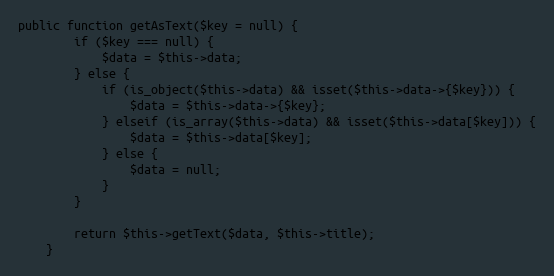
Language: PHP
public function getAsText($key = null) {
		if ($key === null) {
			$data = $this->data;
		} else {
			if (is_object($this->data) && isset($this->data->{$key})) {
				$data = $this->data->{$key};
			} elseif (is_array($this->data) && isset($this->data[$key])) {
				$data = $this->data[$key];
			} else {
				$data = null;
			}
		}

		return $this->getText($data, $this->title);
	}